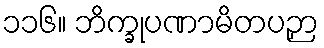
၁၁၆။ ဘိက္ခုပဏာမိတပဉှာ